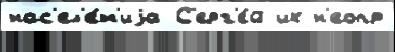
нас'ел'е́н'иjа С'ерг'е́й их н'еопр